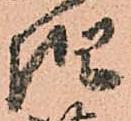
惶